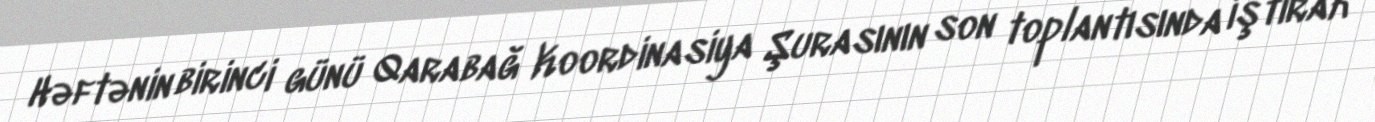
Həftənin birinci günü Qarabağ Koordinasiya Şurasının son toplantısında iştirak